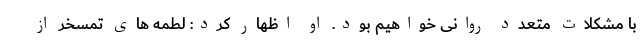
با مشکلات متعدد روانی خواهیم‌ بود. او اظهار کرد: لطمه های تمسخر از